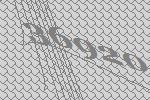
36920